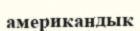
американдык